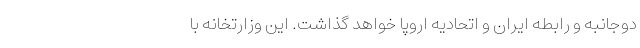
دوجانبه و رابطه ایران و اتحادیه اروپا خواهد گذاشت. این وزارتخانه با